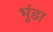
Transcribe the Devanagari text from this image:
भुंडा